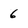
Character: 6